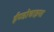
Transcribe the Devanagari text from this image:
ईण्डोचाइना